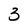
Character: 3